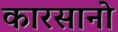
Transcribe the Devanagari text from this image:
कारसानो